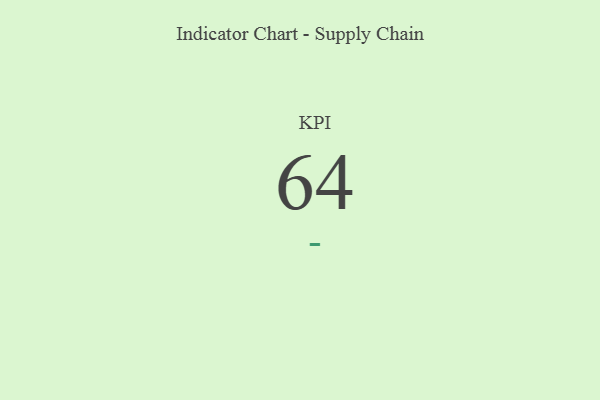
{"axis": {"x": "KPI", "y": "Value"}, "legend": [""], "data": [{"x": "KPI", "y": 64, "type": ""}]}